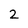
Character: 2